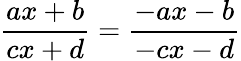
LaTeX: {\frac{ax+b}{cx+d}}={\frac{-ax-b}{-cx-d}}